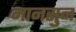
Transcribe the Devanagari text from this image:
मानसुन